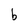
Character: b